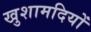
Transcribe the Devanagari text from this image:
खुशामदियों